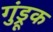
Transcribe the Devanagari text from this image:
गुंड्रूक